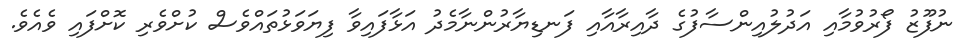
ނުފޫޒު ފޯރުވުމާއި އަދުލުއިންސާފުގެ ދާއިރާއާއި ފަނޑިޔާރުންނާމެދު އަޅާފައިވާ ފިޔަވަޅުތައްވެސް ކުށްވެރި ކޮށްފައި ވެއެވެ.